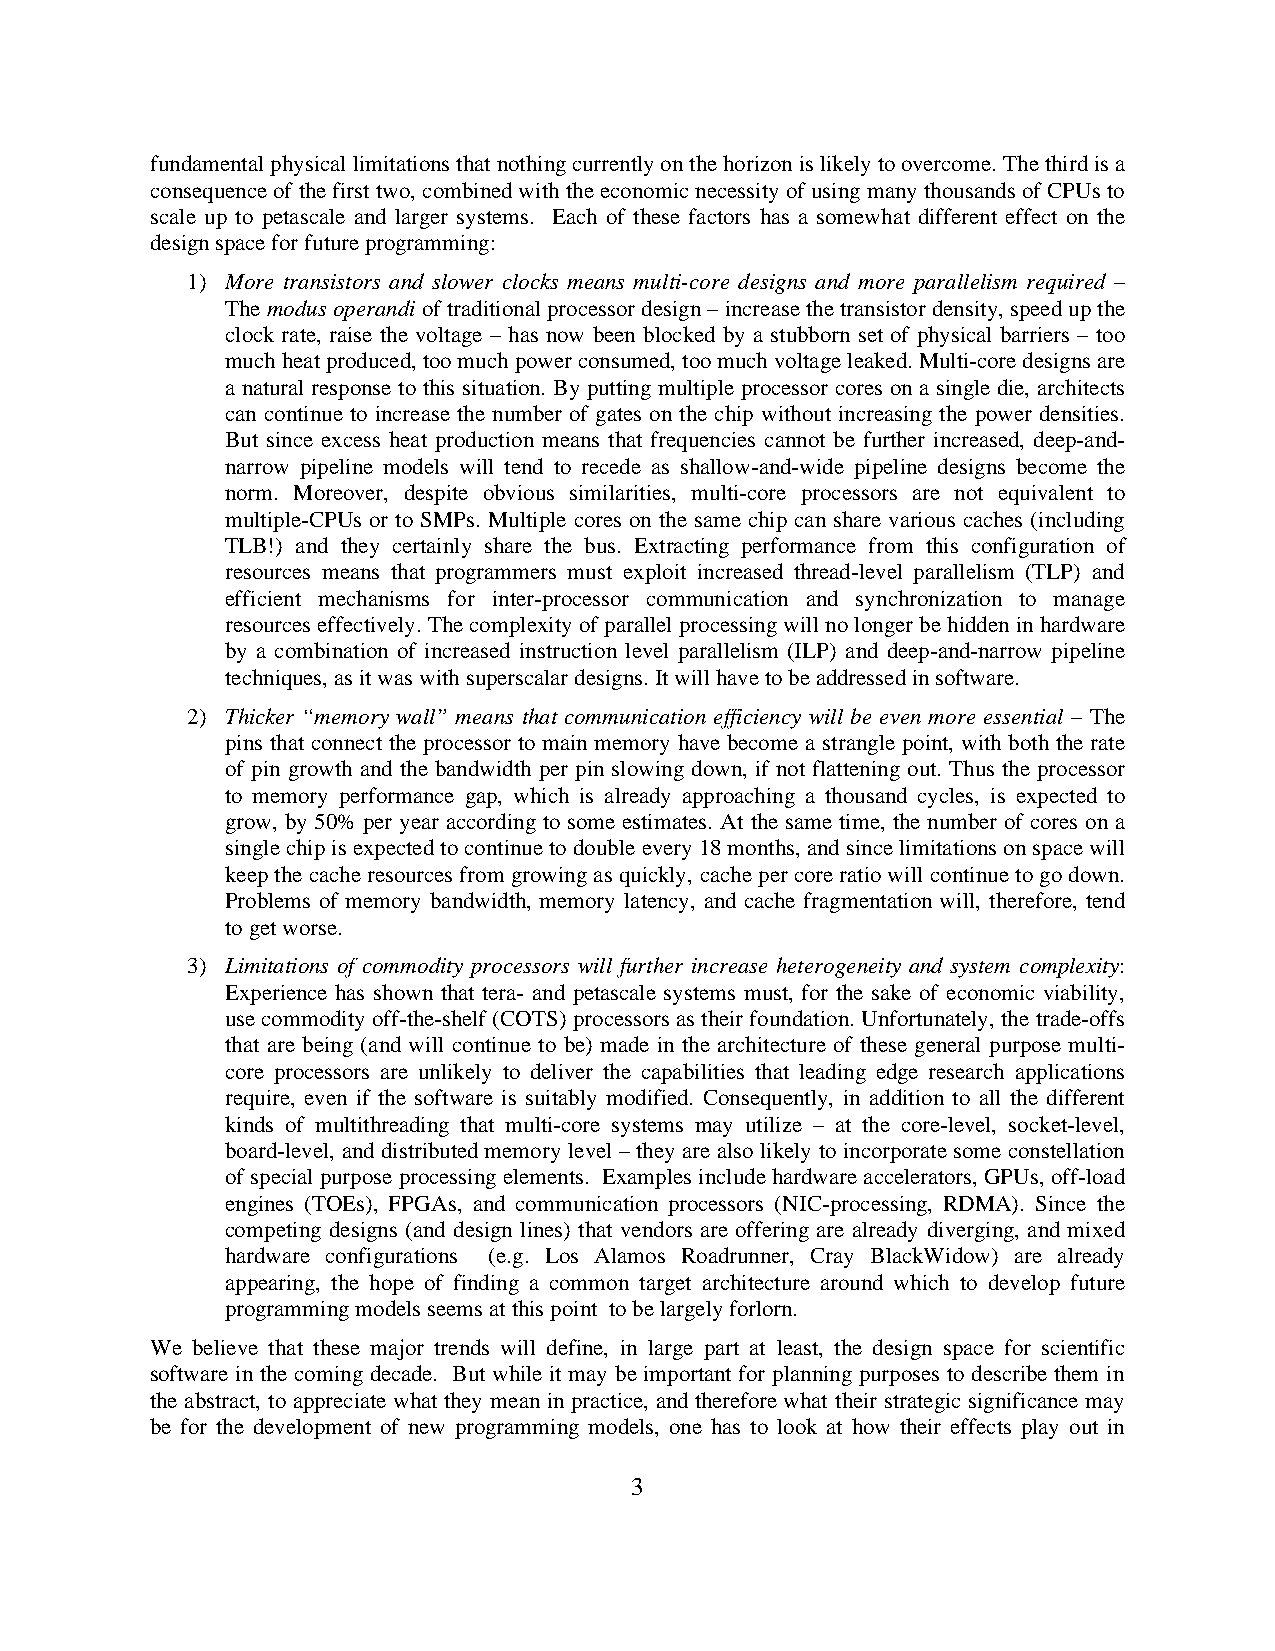
fundamental physical limitations that nothing currently on the horizon is likely to overcome. The third is a
 consequence of the first two, combined with the economic necessity of using many thousands of CPUs to
 scale up to petascale and larger systems. Each of these factors has a somewhat different effect on the
 design space for future programming:
 1) More transistors and slower clocks means multi-core designs and more parallelism required –
 The modus operandi of traditional processor design – increase the transistor density, speed up the
 clock rate, raise the voltage – has now been blocked by a stubborn set of physical barriers – too
 much heat produced, too much power consumed, too much voltage leaked. Multi-core designs are
 a natural response to this situation. By putting multiple processor cores on a single die, architects
 can continue to increase the number of gates on the chip without increasing the power densities.
 But since excess heat production means that frequencies cannot be further increased, deep-and-
 narrow pipeline models will tend to recede as shallow-and-wide pipeline designs become the
 norm. Moreover, despite obvious similarities, multi-core processors are not equivalent to
 multiple-CPUs or to SMPs. Multiple cores on the same chip can share various caches (including
 TLB!) and they certainly share the bus. Extracting performance from this configuration of
 resources means that programmers must exploit increased thread-level parallelism (TLP) and
 efficient mechanisms for inter-processor communication and synchronization to manage
 resources effectively. The complexity of parallel processing will no longer be hidden in hardware
 by a combination of increased instruction level parallelism (ILP) and deep-and-narrow pipeline
 techniques, as it was with superscalar designs. It will have to be addressed in software.
 2) Thicker “memory wall” means that communication efficiency will be even more essential – The
 pins that connect the processor to main memory have become a strangle point, with both the rate
 of pin growth and the bandwidth per pin slowing down, if not flattening out. Thus the processor
 to memory performance gap, which is already approaching a thousand cycles, is expected to
 grow, by 50% per year according to some estimates. At the same time, the number of cores on a
 single chip is expected to continue to double every 18 months, and since limitations on space will
 keep the cache resources from growing as quickly, cache per core ratio will continue to go down.
 Problems of memory bandwidth, memory latency, and cache fragmentation will, therefore, tend
 to get worse.
 3) Limitations of commodity processors will further increase heterogeneity and system complexity:
 Experience has shown that tera- and petascale systems must, for the sake of economic viability,
 use commodity off-the-shelf (COTS) processors as their foundation. Unfortunately, the trade-offs
 that are being (and will continue to be) made in the architecture of these general purpose multi-
 core processors are unlikely to deliver the capabilities that leading edge research applications
 require, even if the software is suitably modified. Consequently, in addition to all the different
 kinds of multithreading that multi-core systems may utilize – at the core-level, socket-level,
 board-level, and distributed memory level – they are also likely to incorporate some constellation
 of special purpose processing elements. Examples include hardware accelerators, GPUs, off-load
 engines (TOEs), FPGAs, and communication processors (NIC-processing, RDMA). Since the
 competing designs (and design lines) that vendors are offering are already diverging, and mixed
 hardware configurations (e.g. Los Alamos Roadrunner, Cray BlackWidow) are already
 appearing, the hope of finding a common target architecture around which to develop future
 programming models seems at this point to be largely forlorn.
 We believe that these major trends will define, in large part at least, the design space for scientific
 software in the coming decade. But while it may be important for planning purposes to describe them in
 the abstract, to appreciate what they mean in practice, and therefore what their strategic significance may
 be for the development of new programming models, one has to look at how their effects play out in
 3